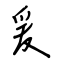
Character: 爰